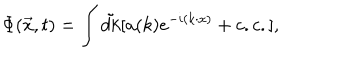
\Phi ( \vec { x } , t ) = \int \tilde { d k } [ a ( k ) e ^ { - i ( k \cdot x ) } + c . c . ] ,